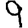
Digit: 9